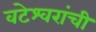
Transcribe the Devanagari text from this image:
वटेश्वरांची